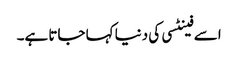
اسے فینٹسی کی دنیا کہا جاتا ہے۔